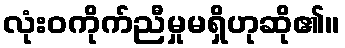
လုံးဝကိုက်ညီမှုမရှိဟုဆို၏။